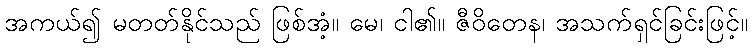
အကယ်၍ မတတ်နိုင်သည် ဖြစ်အံ့။ မေ၊ ငါ၏။ ဇီဝိတေန၊ အသက်ရှင်ခြင်းဖြင့်။